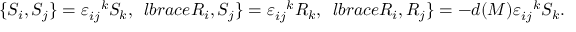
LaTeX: \lbrace S _ { i } , S _ { j } \rbrace = \varepsilon _ { i j } ^ { \ \ k } S _ { k } , \ \, l b r a c e R _ { i } , S _ { j } \rbrace = \varepsilon _ { i j } ^ { \ \ k } R _ { k } , \ \, l b r a c e R _ { i } , R _ { j } \rbrace = - d ( M ) \varepsilon _ { i j } ^ { \ \ k } S _ { k } .